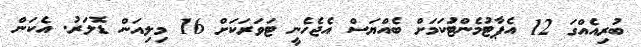
ބުރިއެއްގަ 12 އެޕާޓުމެންޓުަކަމަށް ބެއްޔަސް އެޖެހެނީ ޓަވަރަކަށް 16 މިލިއަން ޑޮލަރު. އެކަން